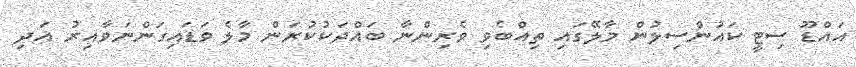
އައްޑޫ ސިޓީ ކައުންސިލުން މާލޭގައި ތިއްބެވި ވެރިންނާ ބައްދަކުކުރަން މާލެ ވަޑައިގަންނަވާއިރު އަދި